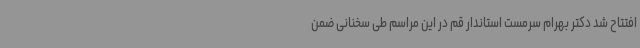
افتتاح شد دکتر بهرام سرمست استاندار قم در این مراسم طی سخنانی ضمن